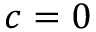
c = 0